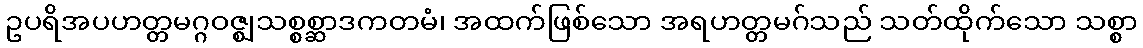
ဥပရိအပဟတ္တမဂ္ဂဝဇ္ဈသစ္စစ္ဆာဒကတမံ၊ အထက်ဖြစ်သော အရဟတ္တမဂ်သည် သတ်ထိုက်သော သစ္စာ